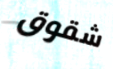
شقوق